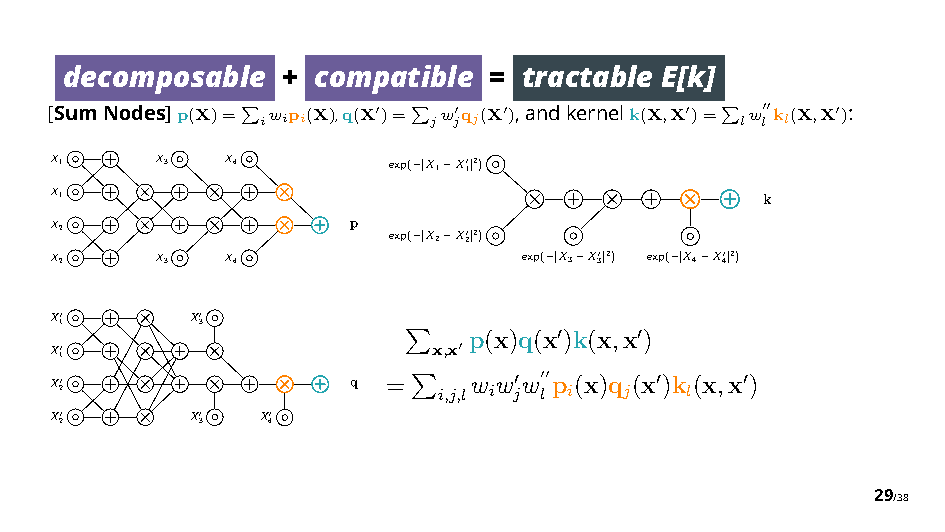
decomposable   + compatible =  tractable E[k]
 [SumNodes]p(X)= iwipi(X),q(X")= jw j"qj(X"),andkernelk(X,X")= lw l!!kl(X,X"):
 "          "                    "
 X1     X3   X4         exp( |X1X10|2)
 X1
 ⇥    ⇥    ⇥                              k
 ⇥    ⇥    ⇥
 X2
 ⇥    ⇥    ⇥
 p
 exp( |X2X20|2)
 X2     X3   X4                  exp( |X3X30|2) exp( |X4X40|2)
 X10
 ⇥
 X30
 p(x)q(x)k(x,x)
 X10   ⇥    ⇥              x,x "   "    "
 X20
 ⇥    ⇥    ⇥
 q  =$ i,j,lw iw j"w l""p i(x)q j(x ")k l(x,x ")
 X20
 ⇥
 X30 X40
 $
 29/38